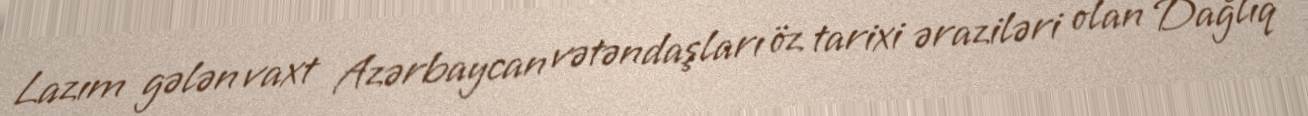
Lazım gələn vaxt Azərbaycan vətəndaşları öz tarixi əraziləri olan Dağlıq